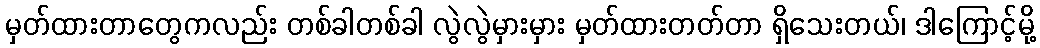
မှတ်ထားတာတွေကလည်း တစ်ခါတစ်ခါ လွဲလွဲမှားမှား မှတ်ထားတတ်တာ ရှိသေးတယ်၊ ဒါကြောင့်မို့